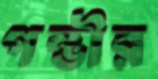
গম্ভীর